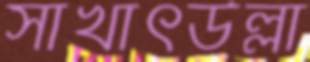
সাখাৎউল্লা